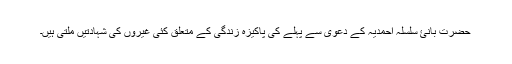
حضرت بانئ سلسلہ احمدیہ کے دعویٰ سے پہلے کی پاکیزہ زندگی کے متعلق کئی غیروں کی شہادتیں ملتی ہیں۔